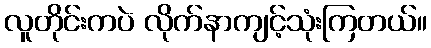
လူတိုင်းကပဲ လိုက်နာကျင့်သုံးကြတယ်။